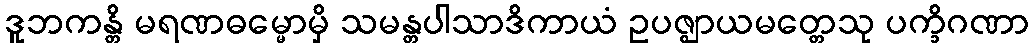
ဒူဘကန္တိ မရဏဓမ္မောမှိ သမန္တပါသာဒိကာယံ ဥပဇ္ဈာယမတ္တေသု ပက္ခိဂဏာ